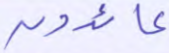
عائدون